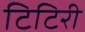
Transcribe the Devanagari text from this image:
टिटिरी